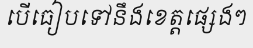
បើធៀបទៅនឹងខេត្តផ្សេងៗ